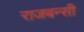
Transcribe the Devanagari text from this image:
राजबन्सी